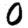
Digit: 0